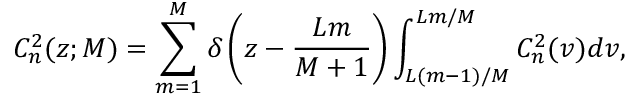
C _ { n } ^ { 2 } ( z ; M ) = \sum _ { m = 1 } ^ { M } \delta \left( z - \frac { L m } { M + 1 } \right) \int _ { L ( m - 1 ) / M } ^ { L m / M } C _ { n } ^ { 2 } ( v ) d v ,